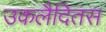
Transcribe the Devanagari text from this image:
उकलैदितस